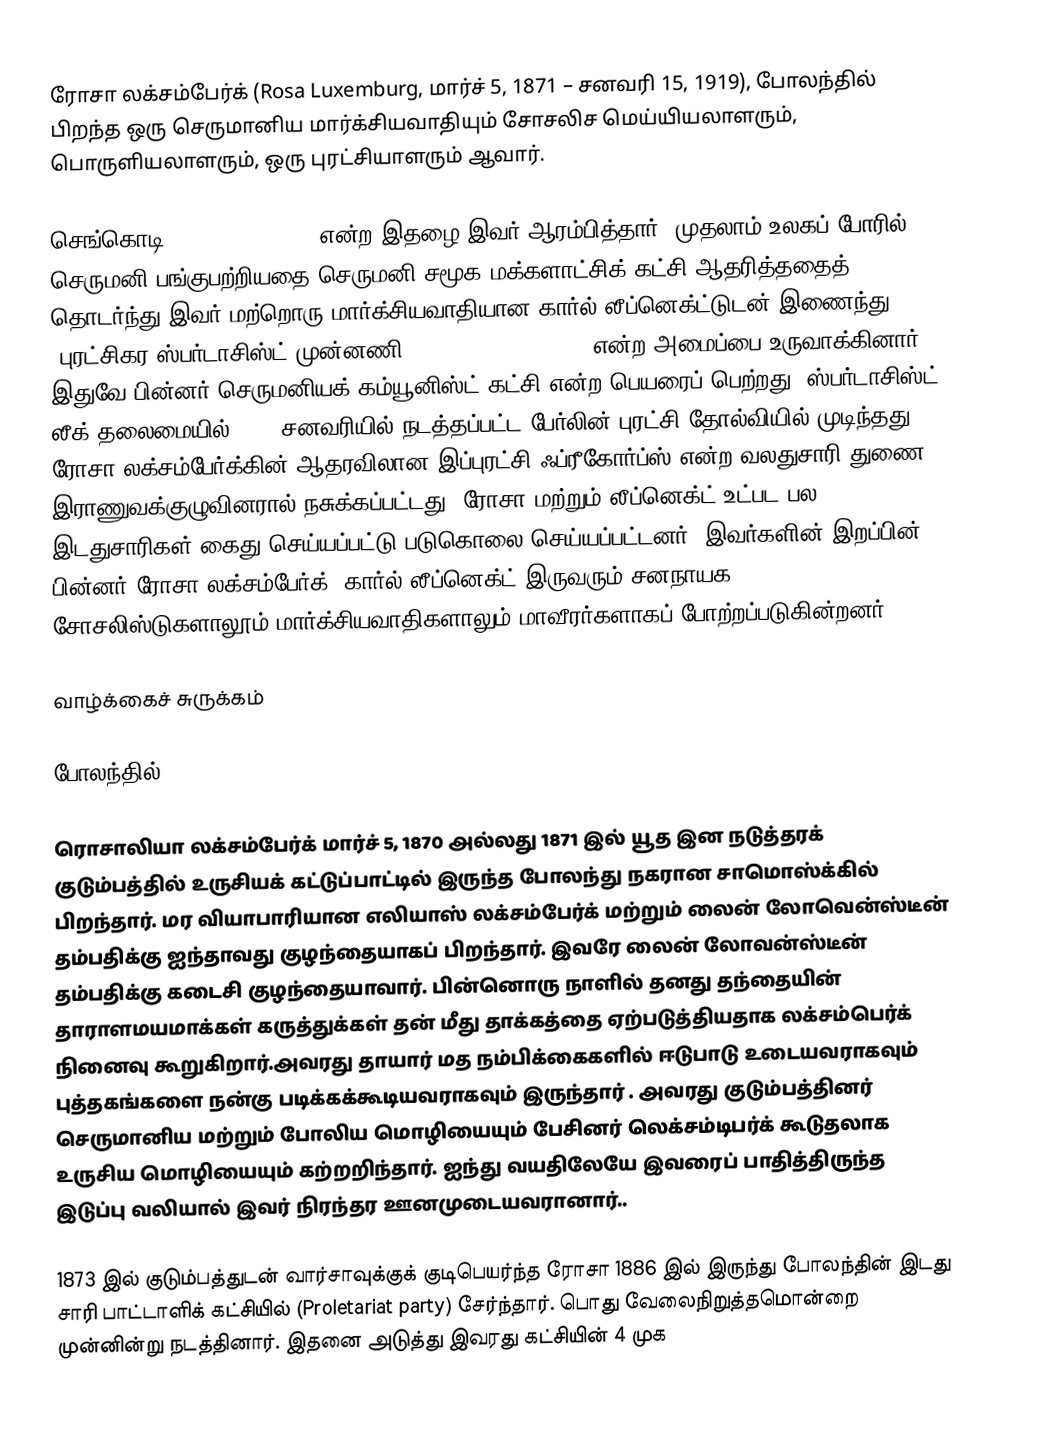
ரோசா லக்சம்பேர்க் (Rosa Luxemburg, மார்ச் 5, 1871 – சனவரி 15, 1919), போலந்தில் பிறந்த ஒரு செருமானிய மார்க்சியவாதியும் சோசலிச மெய்யியலாளரும், பொருளியலாளரும், ஒரு புரட்சியாளரும் ஆவார்.

செங்கொடி (Die Rote Fahne) என்ற இதழை இவர் ஆரம்பித்தார். முதலாம் உலகப் போரில் செருமனி பங்குபற்றியதை செருமனி சமூக-மக்களாட்சிக் கட்சி ஆதரித்ததைத் தொடர்ந்து இவர் மற்றொரு மார்க்சியவாதியான கார்ல் லீப்னெக்ட்டுடன் இணைந்து "புரட்சிகர ஸ்பர்டாசிஸ்ட் முன்னணி" (Spartacist League) என்ற அமைப்பை உருவாக்கினார். இதுவே பின்னர் செருமனியக் கம்யூனிஸ்ட் கட்சி என்ற பெயரைப் பெற்றது. ஸ்பர்டாசிஸ்ட் லீக் தலைமையில் 1919 சனவரியில் நடத்தப்பட்ட பேர்லின் புரட்சி தோல்வியில் முடிந்தது. ரோசா லக்சம்பேர்க்கின் ஆதரவிலான இப்புரட்சி ஃப்ரீகோர்ப்ஸ் என்ற வலதுசாரி துணை இராணுவக்குழுவினரால் நசுக்கப்பட்டது. ரோசா மற்றும் லீப்னெக்ட் உட்பட பல இடதுசாரிகள் கைது செய்யப்பட்டு படுகொலை செய்யப்பட்டனர். இவர்களின் இறப்பின் பின்னர் ரோசா லக்சம்பேர்க், கார்ல் லீப்னெக்ட் இருவரும் சனநாயக சோசலிஸ்டுகளாலூம் மார்க்சியவாதிகளாலும் மாவீரர்களாகப் போற்றப்படுகின்றனர்.

வாழ்க்கைச் சுருக்கம்

போலந்தில்

ரொசாலியா லக்சம்பேர்க் மார்ச் 5, 1870 அல்லது 1871 இல் யூத இன நடுத்தரக் குடும்பத்தில் உருசியக் கட்டுப்பாட்டில் இருந்த போலந்து நகரான சாமொஸ்க்கில் பிறந்தார். மர வியாபாரியான எலியாஸ் லக்சம்பேர்க் மற்றும் லைன் லோவென்ஸ்டீன் தம்பதிக்கு  ஐந்தாவது குழந்தையாகப் பிறந்தார். இவரே லைன் லோவன்ஸ்டீன் தம்பதிக்கு கடைசி குழந்தையாவார். பின்னொரு நாளில் தனது தந்தையின் தாராளமயமாக்கள் கருத்துக்கள் தன் மீது தாக்கத்தை ஏற்படுத்தியதாக லக்சம்பெர்க் நினைவு கூறுகிறார்.அவரது தாயார் மத நம்பிக்கைகளில் ஈடுபாடு உடையவராகவும் புத்தகங்களை நன்கு படிக்கக்கூடியவராகவும் இருந்தார்  . அவரது குடும்பத்தினர் செருமானிய மற்றும் போலிய மொழியையும் பேசினர்  லெக்சம்டிபர்க் கூடுதலாக உருசிய மொழியையும் கற்றறிந்தார்.  ஐந்து வயதிலேயே இவரைப் பாதித்திருந்த இடுப்பு வலியால் இவர் நிரந்தர ஊனமுடையவரானார்..

1873 இல் குடும்பத்துடன் வார்சாவுக்குக் குடிபெயர்ந்த ரோசா 1886 இல் இருந்து போலந்தின் இடது சாரி பாட்டாளிக் கட்சியில் (Proletariat party) சேர்ந்தார். பொது வேலைநிறுத்தமொன்றை முன்னின்று நடத்தினார். இதனை அடுத்து இவரது கட்சியின் 4 முக